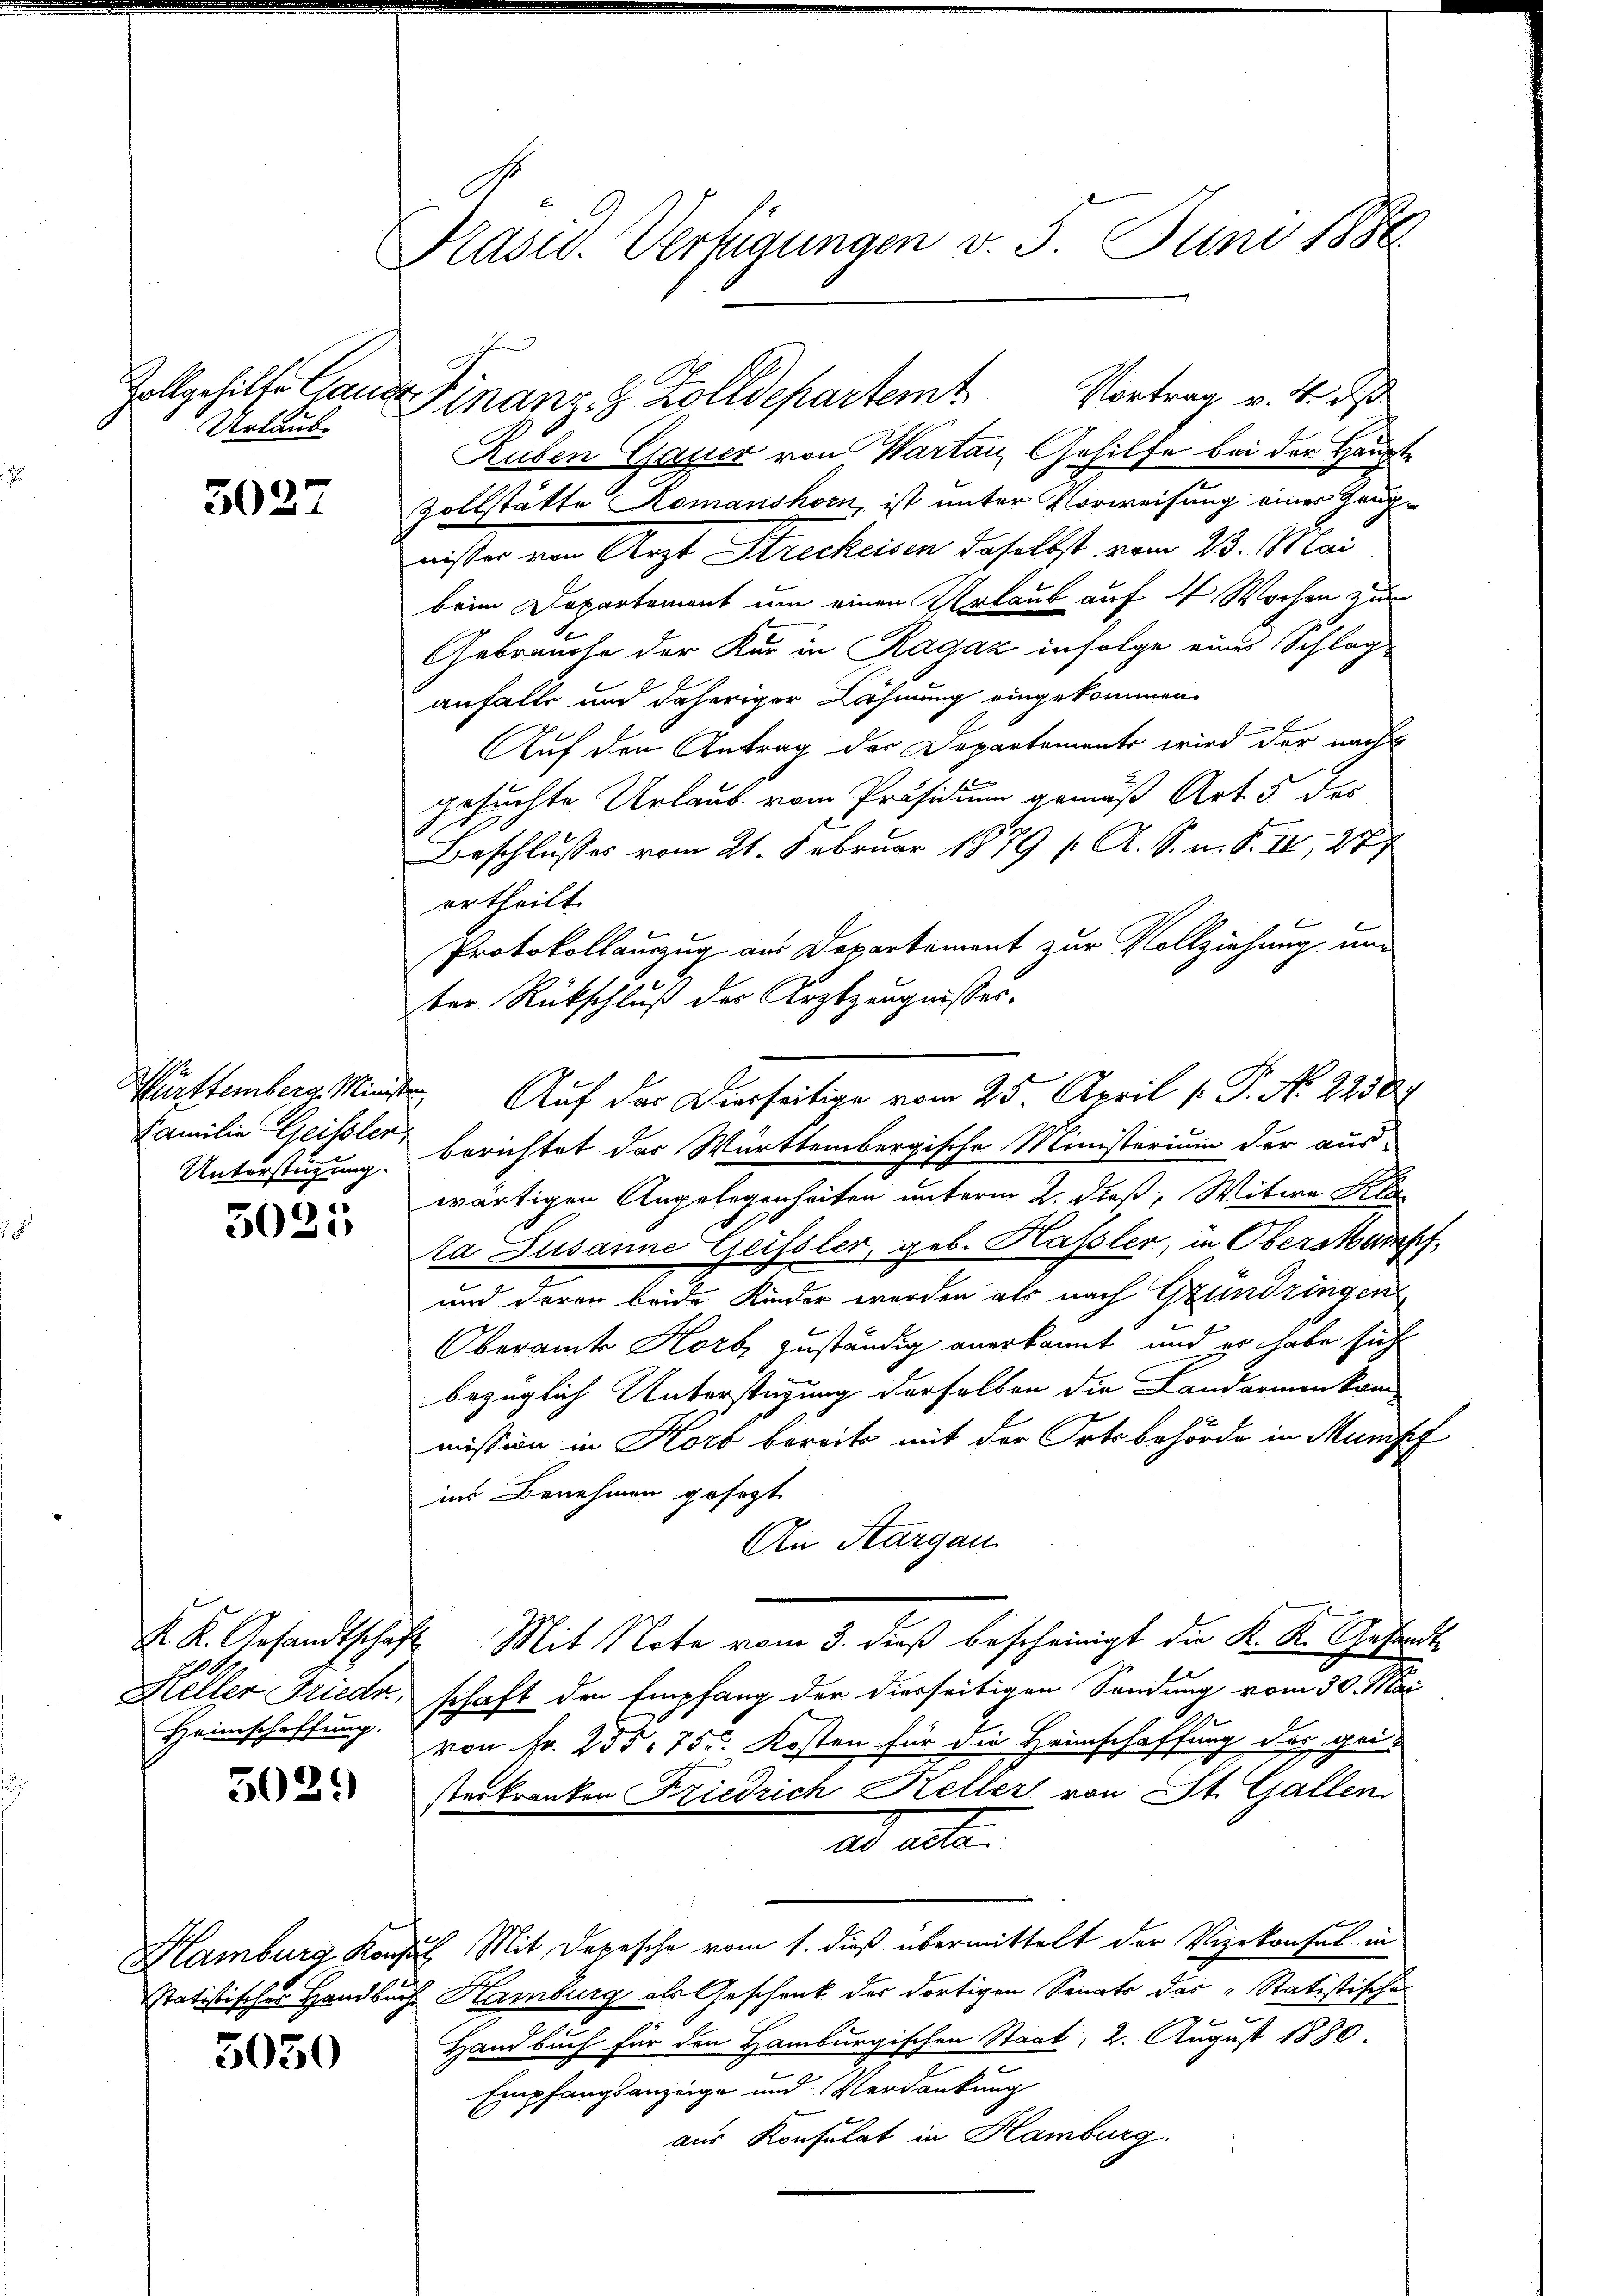
Urlaube

3037

Familie Geissler,
Unterstützung.

3025

302.

5050

Präsid. Verfügungen v. 5. Juni 1886

Heller Friede
Heimschaffung.

Vollgehilfe Gande Finanz- & Zolldepartem Vortrag v. 4. d

Ruben Gauer von Warten Gehilfe bei der Haupt¬
Zollstätte Komanshorn, ist unter Vorweisung eines Gaupeister von Arzt Streckenen daselbst vom 23. Mai
beim Departement um einen Urlaub auf 4 Wochen zum
Gebrauche der Kur in Ragaz infolge eines Schlag
anfalls und daheriger Lähmung eingekommen
Auf den Antrag der Departements wird der nach
gesuchte Urlaub vom Präsidium gemäß Art. 5 des
Beschlusses vom 21. Februar 1879 ( A. S. m. S. II, 27
ertheilt.
Protokollauszug aus Deparkoment zur Vollziehung um
ter Rückschluß der Arztzeugnisses.
Württemberg. Minister Auf das Dierseitige vom 25. April [ P. No 2238.
berichtet das Württembergische Ministerium der aus-
9
wärtigen Angelegenheiten unterm 2. dieß, Witwe Kla
ta Susanne Geissler, geb. Hassler, in Obersansch
und deren beide Kinder werden als nach Grundringen
Oberamte Horb zuständig anerkannt, und er habe sich
bezüglich Unterstüzung derselben die Landarmen kom-
mission in Horb bereits mit der Ortsbehörde in Mumpf
ins Benehmen gesetzt
An Aargau
K. K. Gesandtschaft Mit Note vom 3. dieß bescheinigt die K. K. Gesandtschaft den Empfang der diesseitigen Sendung vom 30. Mai
von Fr. 255. 75. Kosten für die Heimschaffung des gei-
sterkranken Friedrich Keller von St. Gallen
ad acte.
Hamburg Konsul Mit Depesche vom 1. dieß übermittelt der Vizekonsul in
Statistischer Handbuch Hamburg als Geschenk des dortigen Senats das „Statistische
Handbuch für den Hamburgischen Staat, 2. August 1880.
Empfangsanzeige und Verdankung
aus Konsulat in Hamburg.